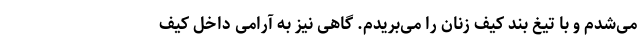
می‌شدم و با تیغ بند کیف زنان را می‌بریدم. گاهی نیز به آرامی داخل کیف